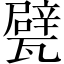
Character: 甓